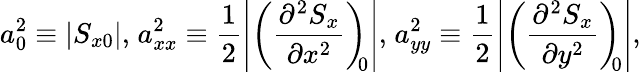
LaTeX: a_{0}^{2}\equiv|S_{x0}|,\; \! a_{xx}^{2}\equiv\frac{1}{2}\left|\left(\frac{\partial^{2}S_{x}}{\partial x^{2}}\right)_{\! \! 0}\right|,\; \! a_{yy}^{2}\equiv\frac{1}{2}\left|\left(\frac{\partial^{2}S_{x}}{\partial y^{2}}\right)_{\! \! 0}\right|,